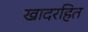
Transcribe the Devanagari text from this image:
खादरहित